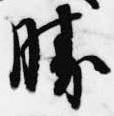
勝